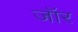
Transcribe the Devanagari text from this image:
जॉर